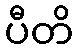
ပီတိ